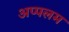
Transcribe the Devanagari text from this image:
अप्पलम